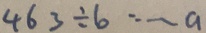
4 6 3 \div b \cdots a